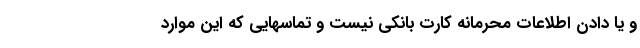
و یا دادن اطلاعات محرمانه کارت بانکی نیست و تماسهایی که این موارد